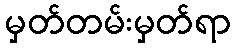
မှတ်တမ်းမှတ်ရာ